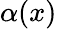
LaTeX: \alpha(x)